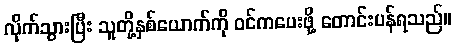
လိုက်သွားပြီး သူတို့နှစ်ယောက်ကို ဝင်ကပေးဖို့ တောင်းပန်ရသည်။